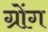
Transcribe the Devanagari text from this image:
ग्रोंग